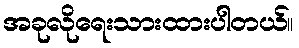
အခုလိုရေးသားထားပါတယ်။